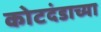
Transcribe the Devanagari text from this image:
कोटदंडाच्या